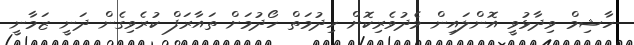
ހާޝިމް ވިދާޅުވީ އޮންލައިން މެދުވެރިކޮށް ހިދުމަތް ހޯދުމަށް ތައާރަފް ކުރެވިގެން ދަނީ ޒަމާނީ